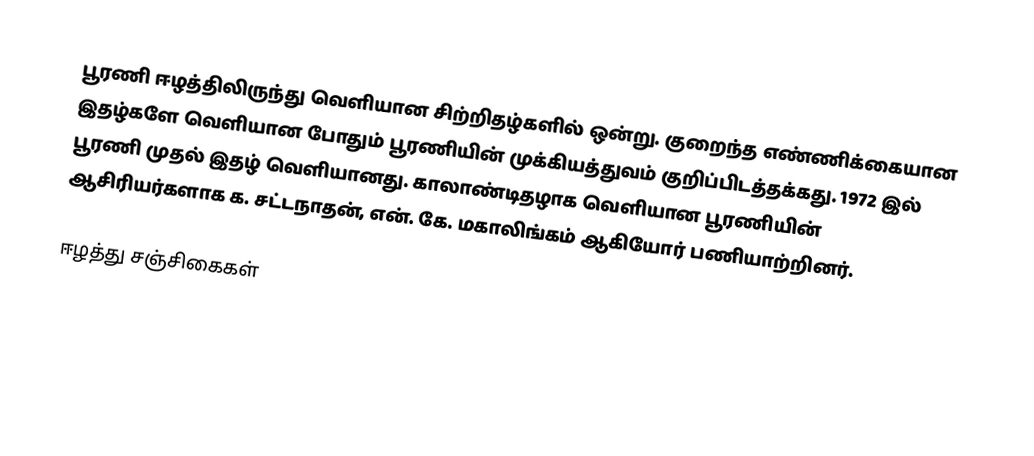
பூரணி ஈழத்திலிருந்து வெளியான சிற்றிதழ்களில் ஒன்று. குறைந்த எண்ணிக்கையான இதழ்களே வெளியான போதும் பூரணியின் முக்கியத்துவம் குறிப்பிடத்தக்கது. 1972 இல் பூரணி முதல் இதழ் வெளியானது. காலாண்டிதழாக வெளியான பூரணியின் ஆசிரியர்களாக க. சட்டநாதன், என். கே. மகாலிங்கம் ஆகியோர் பணியாற்றினர்.

ஈழத்து சஞ்சிகைகள்